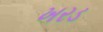
ખરડ